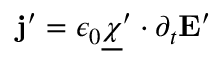
\mathbf j ^ { \prime } = \epsilon _ { 0 } \underline { { \boldsymbol \chi } } ^ { \prime } \cdot \partial _ { t } \mathbf E ^ { \prime }